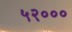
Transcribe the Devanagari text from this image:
५२०००